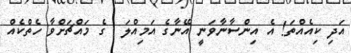
އަދި ކިއެއްތަ! އެ އިންސާނާވަނީ އޭނާގެ އަމިއްލަ  ގެ މައްޗަށްވާ ހެތްކެއް